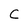
Character: C